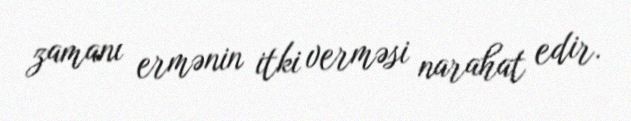
zamanı ermənin itki verməsi narahat edir.